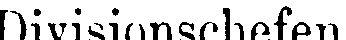
Divisionschefen